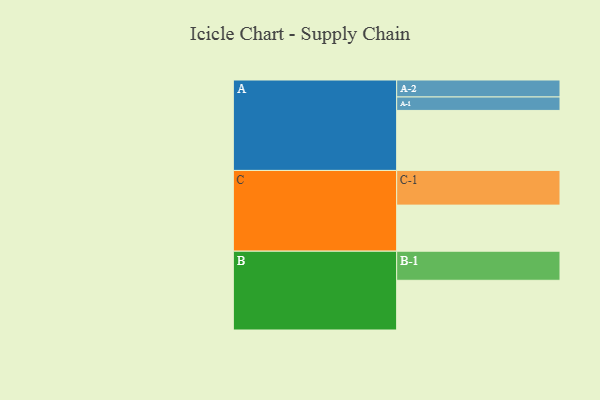
{"axis": {"x": "Segment", "y": "Value"}, "legend": ["", "A", "B", "C"], "data": [{"x": "A", "y": 495, "type": ""}, {"x": "B", "y": 410, "type": ""}, {"x": "C", "y": 380, "type": ""}, {"x": "A-1", "y": 111, "type": "A"}, {"x": "A-2", "y": 140, "type": "A"}, {"x": "B-1", "y": 240, "type": "B"}, {"x": "C-1", "y": 286, "type": "C"}]}